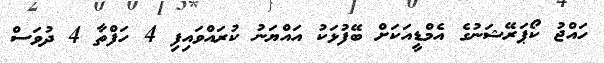
ހައްޖު ކޯޕަރޭޝަނުގެ އެމްޑީއަކަށް ބޭފުޅަކު އައްޔަނު ކުރައްވައިފި 4 ހަފްތާ 4 ދުވަސް